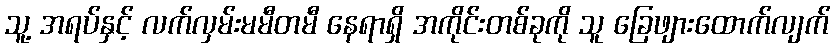
သူ့ အရပ်နှင့် လက်လှမ်းမမီတမီ နေရာရှိ အကိုင်းတစ်ခုကို သူ ခြေဖျားထောက်လျက်